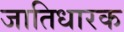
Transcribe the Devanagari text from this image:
जातिधारक